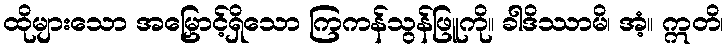
ထိုများသော အမြှောင့်ရှိသော ကြကန်သွန်ဖြူကို။ ခါဒိဿာမိ၊ အံ့။ ဣတိ၊